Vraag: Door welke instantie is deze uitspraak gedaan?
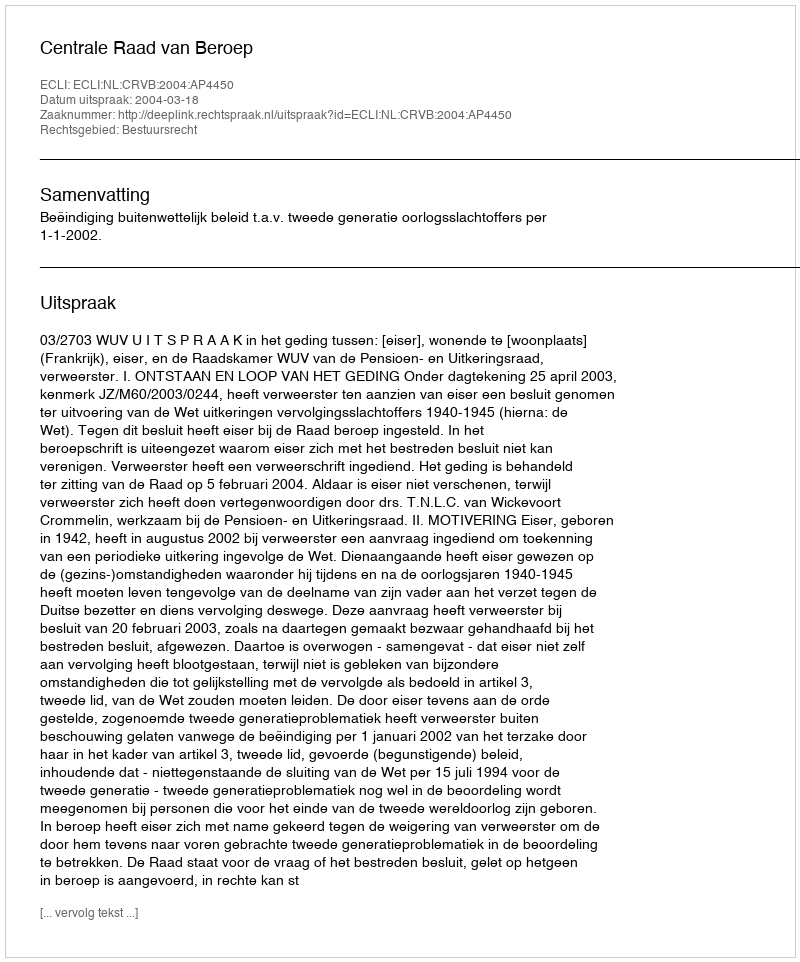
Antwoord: Centrale Raad van Beroep